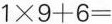
$$1 \times 9 + 6 =$$